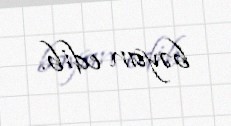
bəyan edib.